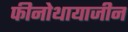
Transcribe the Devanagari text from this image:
फीनोथायाजीन